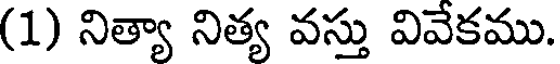
(1) నిత్యా నిత్య వస్తు వివేకము.